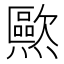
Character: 𰟱